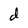
Character: d